Report on the cultivation and use of ganja
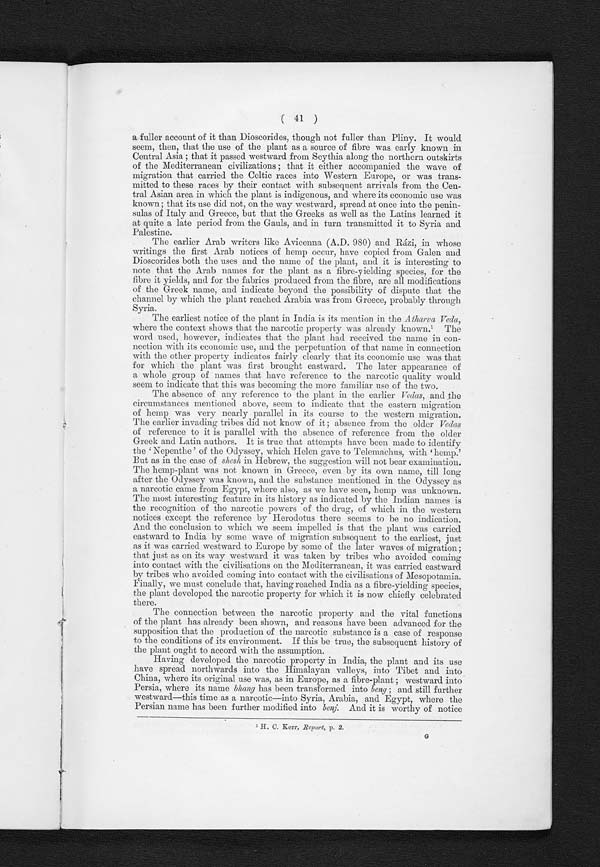
( 41 )
a fuller account of it than Dioscorides, though not fuller than Pliny. It would
seem, then, that the use of the plant as a source of fibre was early known in
Central Asia that it passed westward from Scythia along the northern outskirts
of the Mediterranean civilizations that it either accompanied the wave of
migration that carried the Celtic races into Western Europe, or was trans-
mitted to these races by their contact with subsequent arrivals from the Cen-
tral Asian area in which the plant is indigenous, and where its economic use was
known ; that its use did not, on the way westward, spread at once into the penin-
sulas of Italy and Greece, but that the Greeks as well as the Latins learned it
at quite a late period from the Gauls, and. in turn transmitted it to Syria and
Palestine.
The earlier Arab writers like Avicenna (A.D. 980) and Rázi, in whose
writings the first Arab notices of hemp occur, have copied from Galen and
Dioscorides both the uses and the name of the plant, and it is interesting to
note that the Arab names for the plant as a fibre-yielding species, for the
fibre it yields, and for the fabrics produced from the fibre, are all modifications
of the Greek name, and indicate beyond the possibility of dispute that the
channel by which the plant reached Arabia was from Greece, probably through
Syria.
The earliest notice of the plant in India is its mention in the Atharva Veda,
where the context shows that the narcotic property was already known.¹ The
word used, however, indicates that the plant had received the name in con-
nection with its economic use, and the perpetuation of that name in connection
with the other property indicates fairly clearly that its economic use was that
for which the plant was first brought eastward. The later appearance of
a whole group of names that have reference to the narcotic quality would
seem to indicate that this was becoming the more familiar use of the two.
The absence of any reference to the plant in the earlier Vedas, and the
circumstances mentioned above, seem to indicate that the eastern migration
of hemp was very nearly parallel in its course to the western migration.
The earlier invading tribes did not know of it ; absence from the older V e d a s
of reference to it is parallel with the absence of reference from the older
Greek and Latin authors. It is true that attempts have been made to identify
t h e ' N e p e n t h e ' o f t h e O d y s s e y , w h i c h H e l e n g a v e t o T e l e m a c h u s , w i t h ' h e m p . '
But as in the case of shesh in Hebrew, the suggestion will not bear examination.
The hemp-plant was not known in Greece, even by its own name, till long
after the Odyssey was known, and the substance mentioned in the Odyssey as
a narcotic came from Egypt, where also, as we have seen, hemp was unknown.
The most interesting feature in its history as indicated by the Indian names is
the recognition of the narcotic powers of the drug, of which in the western
notices except the reference by Herodotus there seems to be no indication.
And the conclusion to which we seem impelled is that the plant was carried
eastward to India by some wave of migration subsequent to the earliest, just
as it was carried westward to Europe by some of the later waves of migration;
that just as on its way westward it was taken by tribes who avoided coming
into contact with the civilisations on the Mediterranean, it was carried eastward
by tribes who avoided coming into contact with the civilisations of Mesopotamia.
Finally, we must conclude that, having reached India as a fibre-yielding species,
the plant developed the narcotic property for which it is now chiefly celebrated
there.
The connection between the narcotic property and the vital functions
of the plant has already been shown, and reasons have been advanced for the
supposition that the production of the narcotic substance is a case of response
to the conditions of its environment. If this be true, the subsequent history of
the plant ought to accord with the assumption.
Having developed the narcotic property in India, the plant and its use
have spread northwards into the Himalayan valleys, into Tibet and into
China, where its original use was, as in Europe, as a fibre-plant westward into
Persia, where its name bhang has been transformed into beng and still further
westward—this time as a narcotic—into Syria, Arabia, and Egypt, where the
Persian name has been further modified into benj. And it is worthy of notice
¹
H . C . K e r r ,
R e p o r t ,
p .
2 .
G .